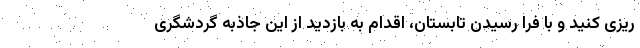
ریزی کنید و با فرا رسیدن تابستان، اقدام به بازدید از این جاذبه گردشگری